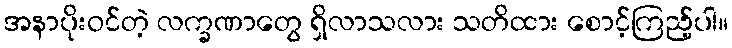
အနာပိုးဝင်တဲ့ လက္ခဏာတွေ ရှိလာသလား သတိထား စောင့်ကြည့်ပါ။